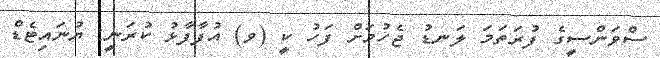
ސްވަންސީގެ ފުރަތަމަ ލަނޑު ޖެހުމަށް ފަހު ކީ (ވ) އުފާފާޅު ކުރަނީ: ޔުނައިޓެޑް